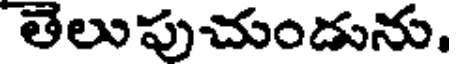
తెలుపుచుండును.